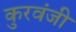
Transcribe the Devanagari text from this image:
कुरवंजी